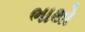
ભાથો